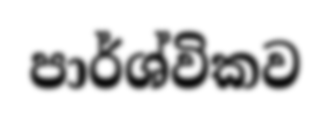
පාර්ශ්විකව